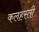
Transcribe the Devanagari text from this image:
कलहस्ती